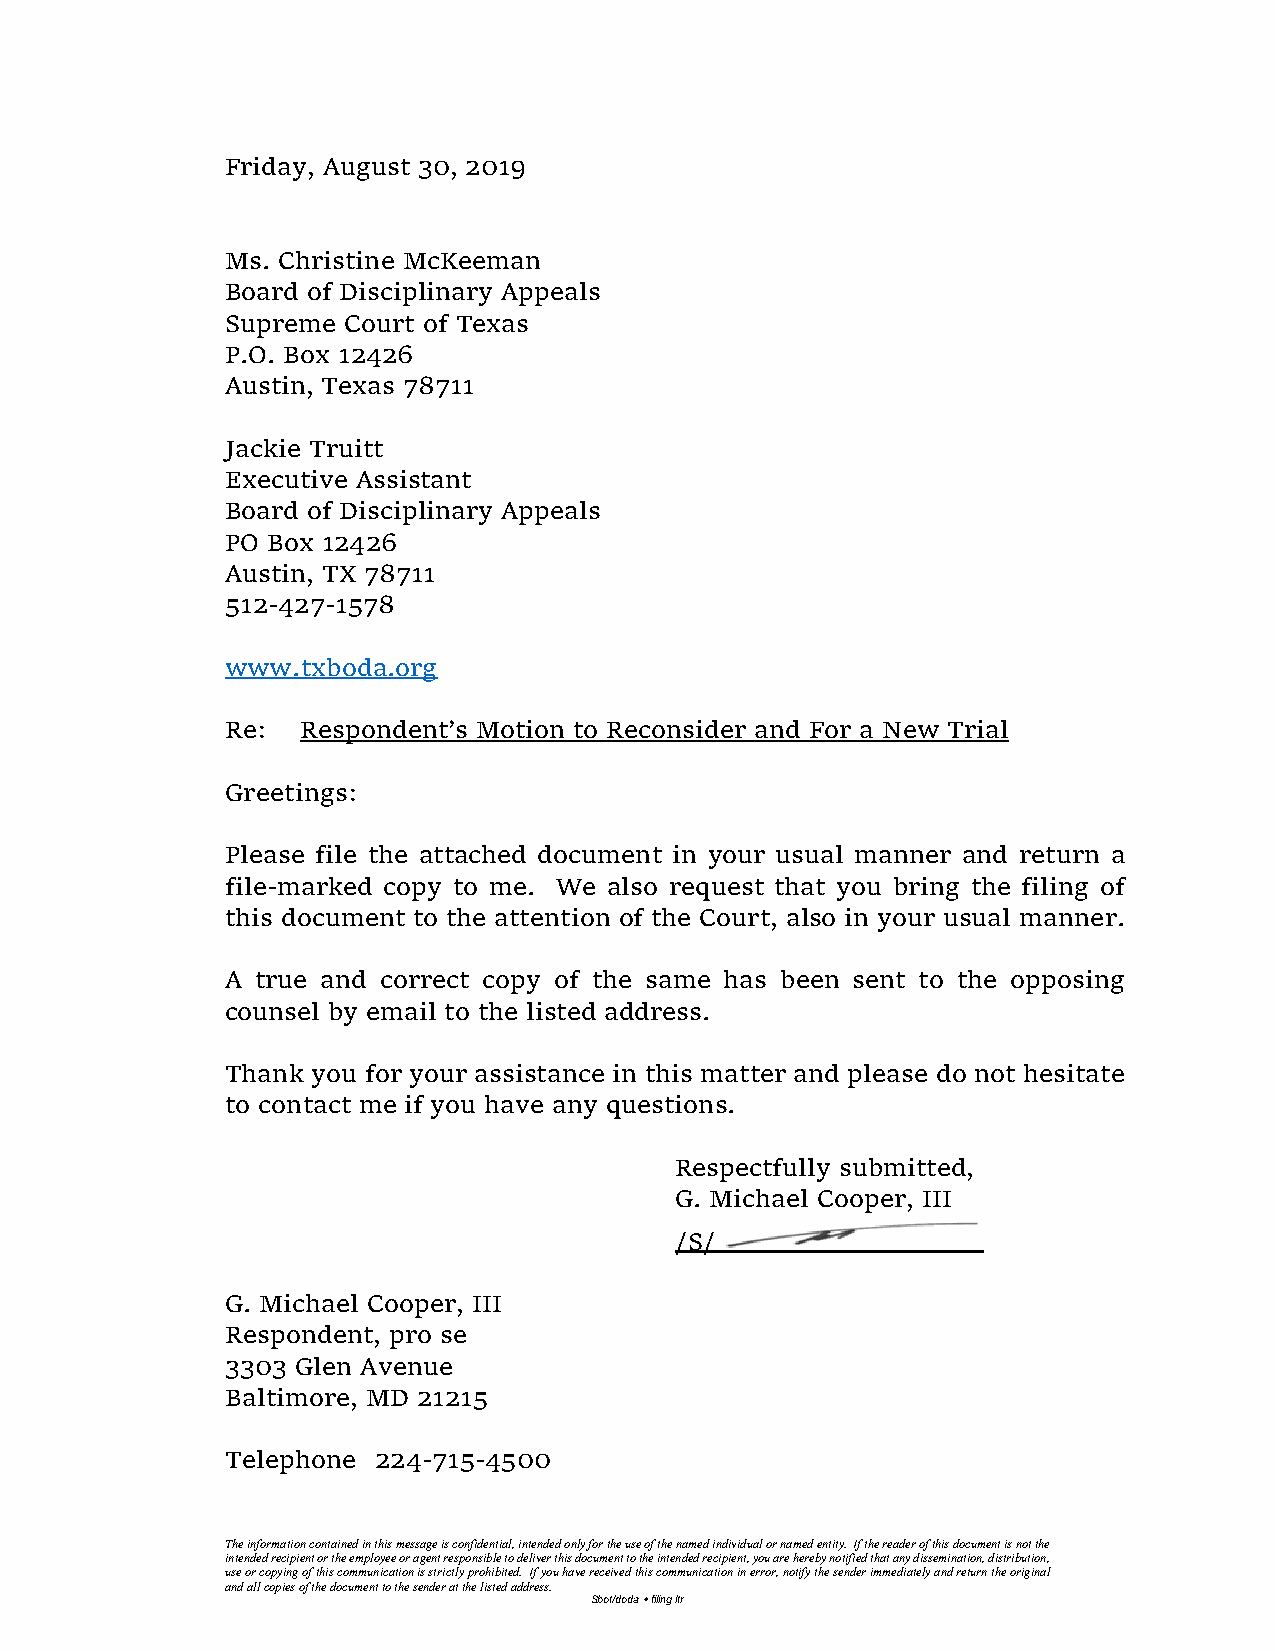
Friday, August 30, 2019
 Ms. Christine McKeeman
 Board of Disciplinary Appeals
 Supreme Court of Texas
 P.O. Box 12426
 Austin, Texas 78711
 Jackie Truitt
 Executive Assistant
 Board of Disciplinary Appeals
 PO Box 12426
 Austin, TX 78711
 512-427-1578
 www.txboda.org
 Re:  Respondent’s Motion to Reconsider and For a New Trial
 Greetings:
 Please file the attached document in your usual manner and return a
 file-marked copy to me. We also request that you bring the filing of
 this document to the attention of the Court, also in your usual manner.
 A true and correct copy of the same has been sent to the opposing
 counsel by email to the listed address.
 Thank you for your assistance in this matter and please do not hesitate
 to contact me if you have any questions.
 Respectfully submitted,
 G. Michael Cooper, III
 /S/
 G. Michael Cooper, III
 Respondent, pro se
 3303 Glen Avenue
 Baltimore, MD 21215
 Telephone 224-715-4500
 The information contained in this message is confidential, intended only for the use of the named individual or named entity. If the reader of this document is not the
 intended recipient or the employee or agent responsible to deliver this document to the intended recipient, you are hereby notified that any dissemination, distribution,
 use or copying of this communication is strictly prohibited. If you have received this communication in error, notify the sender immediately and return the original
 and all copies of the document to the sender at the listed address.
 Sbot/doda  filing ltr